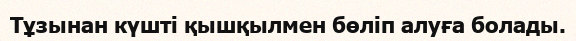
Тұзынан күшті қышқылмен бөліп алуға болады.